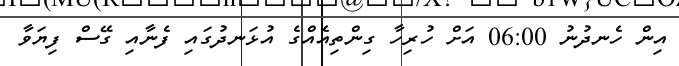
އިން ހެނދުނު 06:00 އަށް ހުރިހާ ގިންތިއެއްގެ އުޅަނދުގައި ފެނާއި ގޭސް ފިޔަވާ